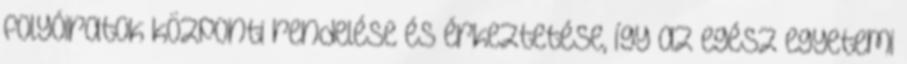
folyóiratok központi rendelése és érkeztetése, így az egész egyetemi